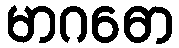
မာဂဓော